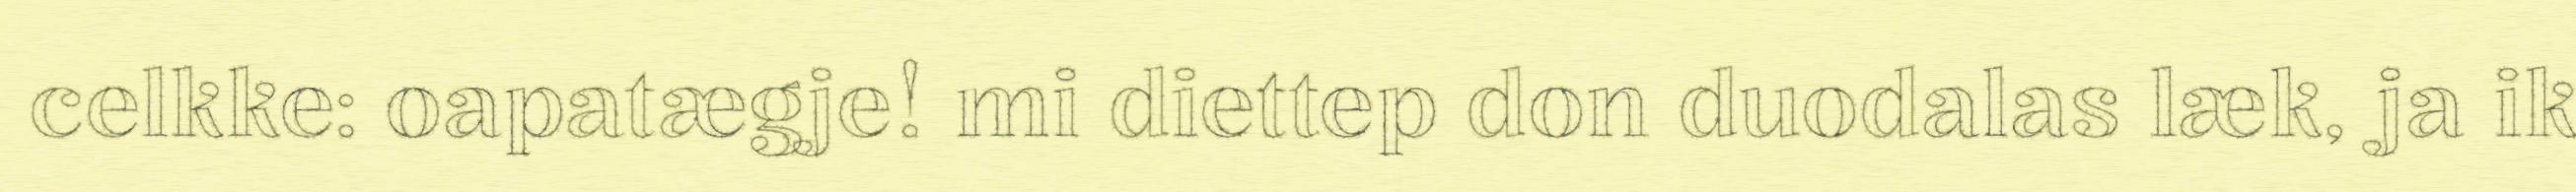
celkke: oapatægje! mi diettep don duodalas læk, ja ik